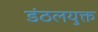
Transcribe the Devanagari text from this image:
डंठलयुक्त